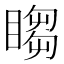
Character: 𬑡